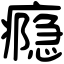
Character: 瘾